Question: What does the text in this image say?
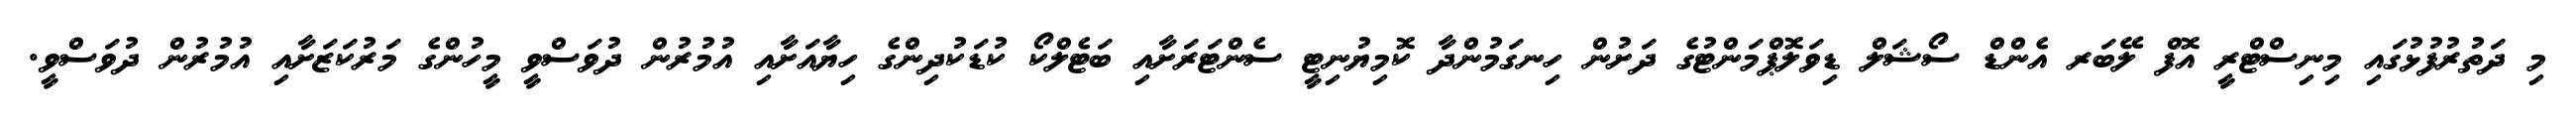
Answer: މި ދަތުރުފުޅުގައި މިނިސްޓްރީ އޮފް ލޭބަރ އެންޑް ސޯޝަލް ޑިވަލޮޕްމަންޓުގެ ދަށުން ހިނގަމުންދާ ކޮމިޔުނިޓީ ސެންޓަރަށާއި ބަޓެލްކޯ ކުޑަކުދިންގެ ހިޔާއަށާއި އުމުރުން ދުވަސްވީ މީހުންގެ މަރުކަޒަށާއި އުމުރުން ދުވަސްވީ.